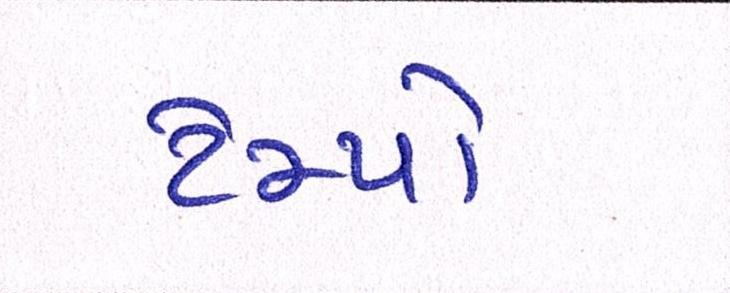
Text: ટેમ્પો